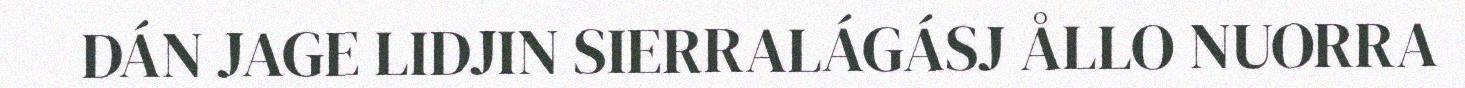
DÁN JAGE LIDJIN SIERRALÁGÁSJ ÅLLO NUORRA